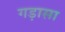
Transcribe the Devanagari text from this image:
गड़ासा